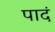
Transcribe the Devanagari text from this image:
पादं